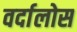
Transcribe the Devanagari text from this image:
वर्दालोस